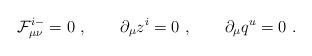
LaTeX: \begin{align*}{\cal F}^{i-}_{\mu\nu}=0\ , \qquad \partial_\mu z^i =0\ , \qquad \partial _\mu q^u=0 \ .\end{align*}